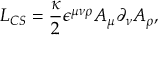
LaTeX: { \cal L } _ { C S } = \frac { \kappa } { 2 } \epsilon ^ { \mu \nu \rho } A _ { \mu } \partial _ { \nu } A _ { \rho } ,